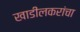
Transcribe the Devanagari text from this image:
खाडीलकरांचा